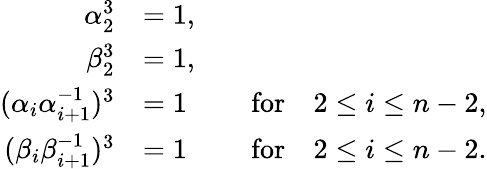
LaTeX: \begin{array}{rlr}{\alpha_{2}^{3}}&{=1,}&\\ {\beta_{2}^{3}}&{=1,}&\\ {(\alpha_{i}\alpha_{i+1}^{-1})^{3}}&{=1}&{\quad\textrm{for}\quad 2\leq i\leq n-2,}\\ {(\beta_{i}\beta_{i+1}^{-1})^{3}}&{=1}&{\quad\textrm{for}\quad 2\leq i\leq n-2.}\end{array}